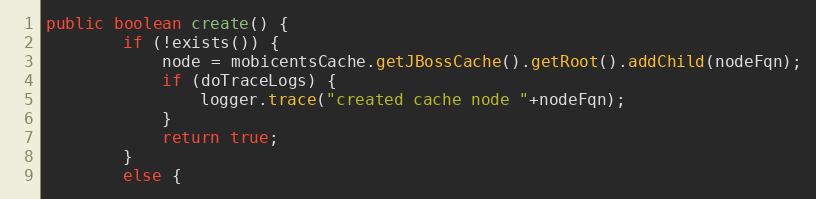
Language: Java
public boolean create() {
		if (!exists()) {
			node = mobicentsCache.getJBossCache().getRoot().addChild(nodeFqn);
			if (doTraceLogs) {
				logger.trace("created cache node "+nodeFqn);
			}
			return true;
		}
		else {